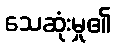
သေဆုံးမှု၏